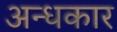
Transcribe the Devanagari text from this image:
अन्‍धकार